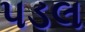
પડલ